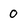
Character: 0